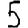
Digit: 5